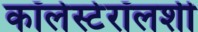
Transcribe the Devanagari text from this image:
कॉलेस्टेरॉलशी